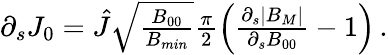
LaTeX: \begin{array}{r}{\partial_{s}J_{0}=\hat{J}\sqrt{\frac{B_{00}}{B_{min}}}\frac{\pi}{2}\left(\frac{\partial_{s}|B_{M}|}{\partial_{s}B_{00}}-1\right)\, .}\end{array}